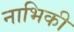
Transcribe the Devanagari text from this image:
नाभिकी